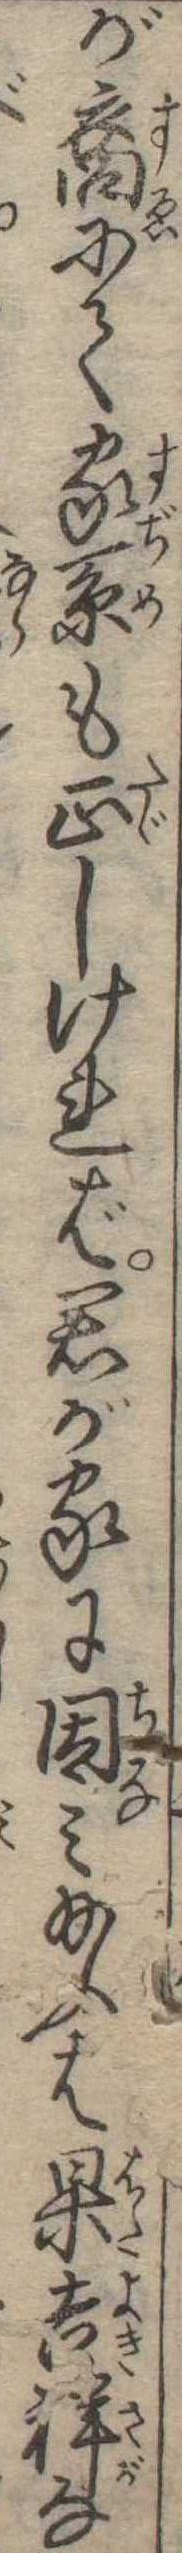
が裔にて家系も正しければ君が家に因み給ふは果吉祥な